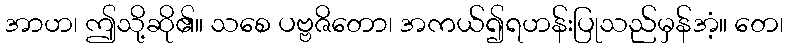
အာဟ၊ ဤသို့ဆို၏။ သစေ ပဗ္ဗဇိတော၊ အကယ်၍ရဟန်းပြုသည်မှန်အံ့။ တေ၊